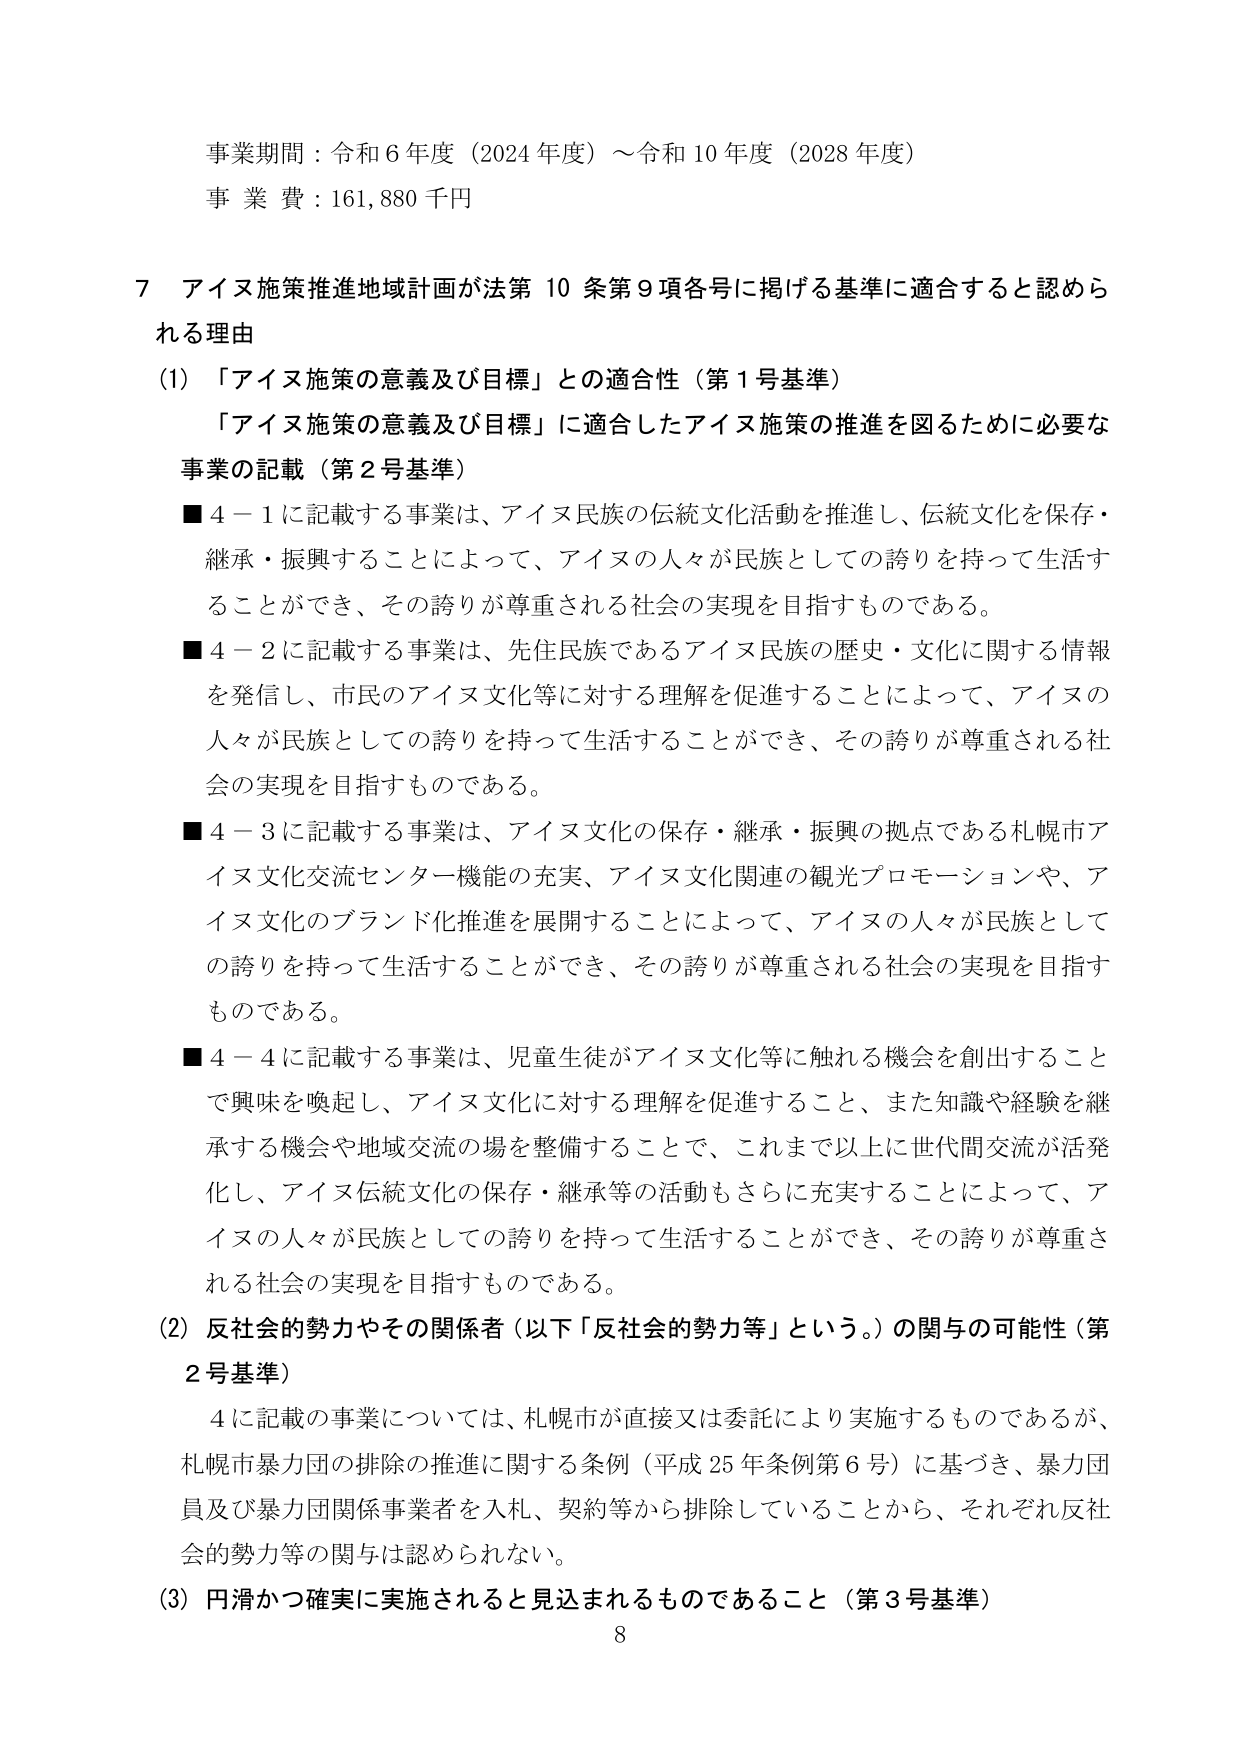
事業期間：令和６年度（2024年度）～令和10年度（2028年度）
事業費：161,880千円

７ アイヌ施策推進地域計画が法第10条第9項各号に掲げる基準に適合すると認められる理由

(1) 「アイヌ施策の意義及び目標」との適合性（第1号基準）
　「アイヌ施策の意義及び目標」に適合したアイヌ施策の推進を図るために必要な事業の記載（第2号基準）
　■4－1に記載する事業は、アイヌ民族の伝統文化活動を推進し、伝統文化を保存・継承・振興することによって、アイヌの人々が民族としての誇りを持って生活することができ、その誇りが尊重される社会の実現を目指すものである。
　■4－2に記載する事業は、先住民族であるアイヌ民族の歴史・文化に関する情報を発信し、市民のアイヌ文化等に対する理解を促進することによって、アイヌの人々が民族としての誇りを持って生活することができ、その誇りが尊重される社会の実現を目指すものである。
　■4－3に記載する事業は、アイヌ文化の保存・継承・振興の拠点である札幌市アイヌ文化交流センター機能の充実、アイヌ文化関連の観光プロモーションや、アイヌ文化のブランド化推進を展開することによって、アイヌの人々が民族としての誇りを持って生活することができ、その誇りが尊重される社会の実現を目指すものである。
　■4－4に記載する事業は、児童生徒がアイヌ文化等に触れる機会を創出することで興味を喚起し、アイヌ文化に対する理解を促進すること、また知識や経験を継承する機会や地域交流の場を整備することで、これまで以上に世代間交流が活発化し、アイヌ伝統文化の保存・継承等の活動もさらに充実することによって、アイヌの人々が民族としての誇りを持って生活することができ、その誇りが尊重される社会の実現を目指すものである。

(2) 反社会的勢力やその関係者（以下「反社会的勢力等」という。）の関与の可能性（第2号基準）
　4に記載の事業については、札幌市が直接又は委託により実施するものであるが、札幌市暴力団の排除の推進に関する条例（平成25年条例第6号）に基づき、暴力団員及び暴力団関係事業者を入札、契約等から排除していることから、それぞれ反社会的勢力等の関与は認められない。

(3) 円滑かつ確実に実施されると見込まれるものであること（第3号基準）
8